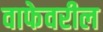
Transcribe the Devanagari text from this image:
वाफेवरील